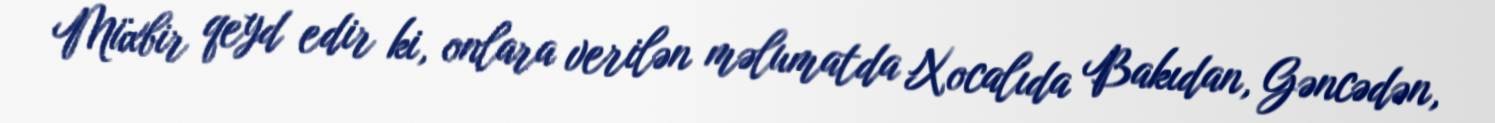
Müxbir qeyd edir ki, onlara verilən məlumatda Xocalıda Bakıdan, Gəncədən,